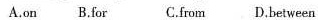
A.on B.for C.from D.between